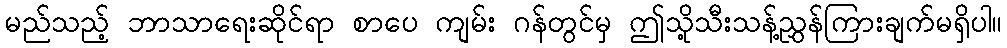
မည်သည့် ဘာသာရေးဆိုင်ရာ စာပေ ကျမ်း ဂန်တွင်မှ ဤသို့သီးသန့်ညွှန်ကြားချက်မရှိပါ။